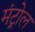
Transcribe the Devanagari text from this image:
मंट्रोल